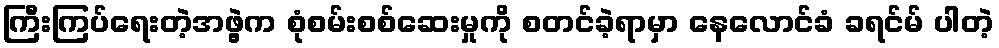
ကြီးကြပ်ရေးတဲ့အဖွဲ့က စုံစမ်းစစ်ဆေးမှုကို စတင်ခဲ့ရာမှာ နေလောင်ခံ ခရင်မ် ပါတဲ့